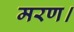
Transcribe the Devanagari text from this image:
मरण।